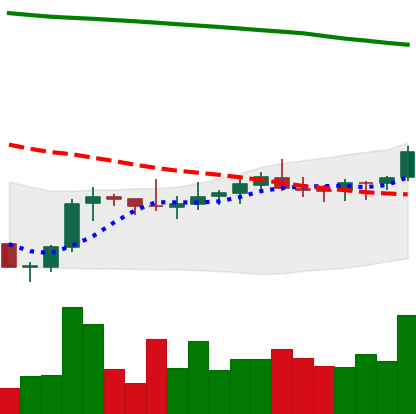
Ticker: XLM-USD
Chart end date: 2021-08-07
Forward return: 6.883%
Label: up_5_7